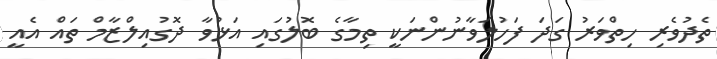
ތެދުވެރި ހިތްވަރު ގަދަ ފަހުލަވާނުންނަކީ ތިމާގެ ބޮލުގައި އަޅުވާ ދޮގުއިލްޒާމް ތައް އެއީ